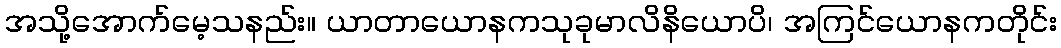
အသို့အောက်မေ့သနည်း။ ယာတာယောနကသုခုမာလိနိယောပိ၊ အကြင်ယောနကတိုင်း